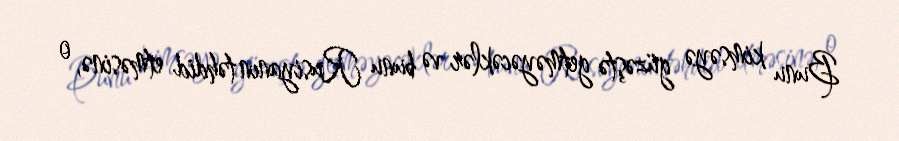
Bunu kimsəyə güzəştə getməyəcəklər və bunu Rusiyanın təhdid etməsinə, o